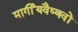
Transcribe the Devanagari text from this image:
मार्गीयवैष्णवों